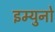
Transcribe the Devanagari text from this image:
इम्युनो